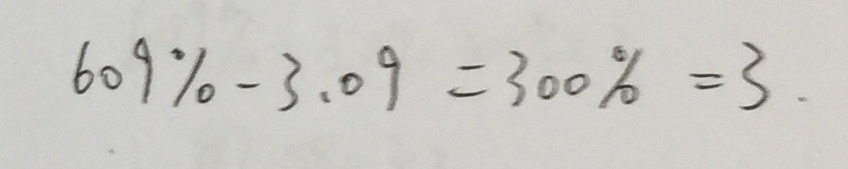
6 0 9 \% - 3 . 0 9 = 3 0 0 \% = 3 .